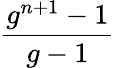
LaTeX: \frac{g^{n+1}-1}{g-1}